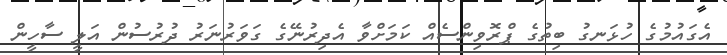
އެގައުމުގެ ހުޅަނގު ބިތުގެ ޕްރޮވިންސެއް ކަމަށްވާ އެދިރުނޭގެ ގަވަރުނަރު ދުރުސުން އަލީ ސާހީން